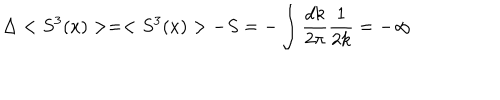
LaTeX: \Delta < S ^ { 3 } ( x ) > = < S ^ { 3 } ( x ) > - S = - \int \frac { d k } { 2 \pi } \frac { 1 } { 2 k } = - \infty